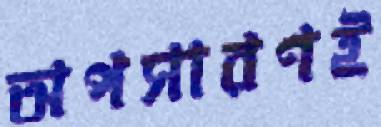
অপসারণই